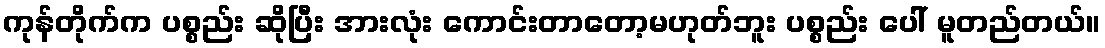
ကုန်တိုက်က ပစ္စည်း ဆိုပြီး အားလုံး ကောင်းတာတော့မဟုတ်ဘူး ပစ္စည်း ပေါ် မူတည်တယ်။